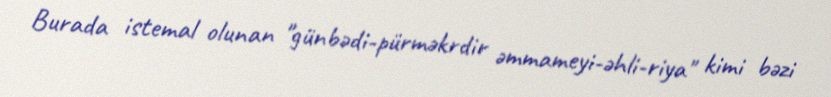
Burada istemal olunan "günbədi-pürməkrdir əmmameyi-əhli-riya" kimi bəzi